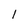
Character: l